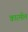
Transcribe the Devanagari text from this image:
कारमील